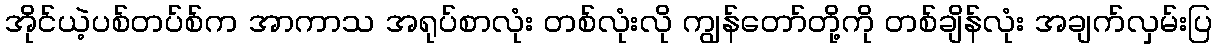
အိုင်ယဲ့ပစ်တပ်စ်က အာကာသ အရုပ်စာလုံး တစ်လုံးလို ကျွန်တော်တို့ကို တစ်ချိန်လုံး အချက်လှမ်းပြ